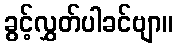
ခွင့်လွှတ်ပါခင်ဗျာ။